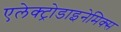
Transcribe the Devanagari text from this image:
एलेक्ट्रोडाइनेमिक्स